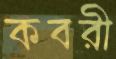
কবরী